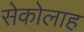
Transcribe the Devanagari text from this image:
सेकोलाह